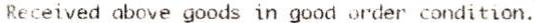
RECEIVED ABOVE GOODS IN GOOD ORDER CONDITION.